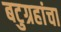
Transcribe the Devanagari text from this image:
बटुग्रहांचा